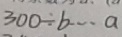
3 0 0 \div b \cdots a